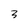
Character: 3